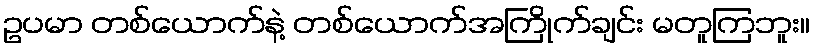
ဥပမာ တစ်ယောက်နဲ့ တစ်ယောက်အကြိုက်ချင်း မတူကြဘူး။